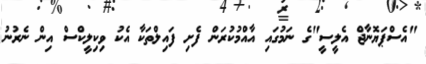
"އެސްޕަޔޮނާޖް އެލީސީ"ގެ ނަމުގައި އާއްމުކުރަން ފެށި ފައިލްތަކާ އެކު ވިކިލީކްސް އިން ނެރުނު